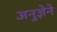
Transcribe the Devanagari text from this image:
अनुज्ञेने